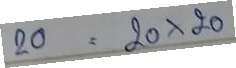
20 = 20x20